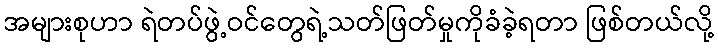
အများစုဟာ ရဲတပ်ဖွဲ့ဝင်တွေရဲ့သတ်ဖြတ်မှုကိုခံခဲ့ရတာ ဖြစ်တယ်လို့